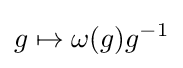
g\mapsto \omega (g)g^{-1}